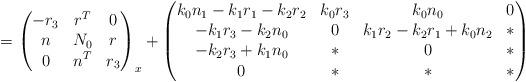
LaTeX: \begin{align*}= \begin{pmatrix} -r_3 & r^T &0\\ n & N_0& r\\ 0&n^T & r_3\end{pmatrix}_x + \begin{pmatrix} k_0n_1-k_1r_1-k_2r_2&k_0r_3&k_0 n_0&0\\ -k_1r_3-k_2n_0&0&k_1r_2-k_2r_1+k_0n_2&\ast\\ -k_2r_3+k_1n_0&\ast&0&\ast\\ 0&\ast&\ast&\ast\end{pmatrix}\end{align*}